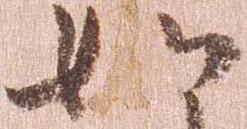
如